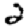
Digit: 2